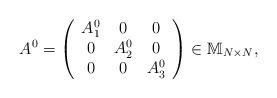
LaTeX: \begin{align*}A^{0}=\left(\begin{array}{ccc}A_{1}^{0}&0&0\\0&A_{2}^{0}&0\\0&0&A_{3}^{0}\\\end{array}\right)\in\mathbb{M}_{N\times N},\end{align*}